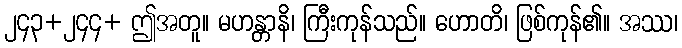
၂၄၃+၂၄၄+ ဤအတူ။ မဟန္တာနိ၊ ကြီးကုန်သည်။ ဟောတိ၊ ဖြစ်ကုန်၏။ အဿ၊